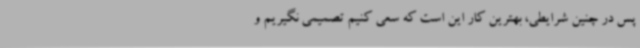
پس در چنین شرایطی، بهترین کار این است که سعی کنیم تصمیمی نگیریم و